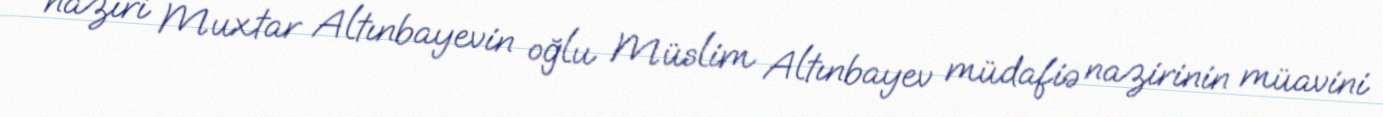
naziri Muxtar Altınbayevin oğlu Müslim Altınbayev müdafiə nazirinin müavini